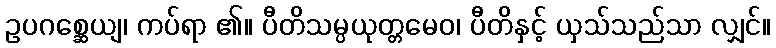
ဥပဂစ္ဆေယျ၊ ကပ်ရာ ၏။ ပီတိသမ္ပယုတ္တမေဝ၊ ပီတိနှင့် ယှသ်သည်သာ လျှင်။